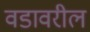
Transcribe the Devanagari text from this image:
वडावरील